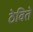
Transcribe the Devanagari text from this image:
ठेविते